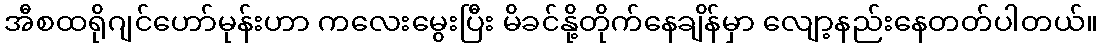
အီစထရိုဂျင်ဟော်မုန်းဟာ ကလေးမွေးပြီး မိခင်နို့တိုက်နေချိန်မှာ လျော့နည်းနေတတ်ပါတယ်။